画像に写った文字を読んでください
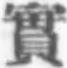
「實」と書いてあります